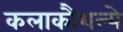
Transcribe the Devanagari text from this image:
कलाकौशल्ये